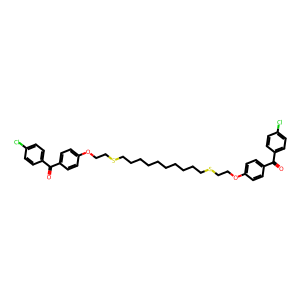
SMILES: O=C(c1ccc(Cl)cc1)c1ccc(OCCSCCCCCCCCCCSCCOc2ccc(C(=O)c3ccc(Cl)cc3)cc2)cc1
Inhibits HIV replication: No